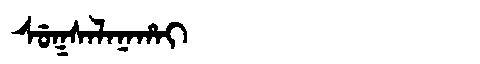
Manchu: ᠰᡠᡴᠰᠠᠯᠠᠨᠠᡥᠠᡳ
Romanization: SUKSALANAHAI